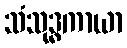
သံသုဒ္ဓကာယာ